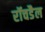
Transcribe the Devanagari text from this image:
रॉचडैल